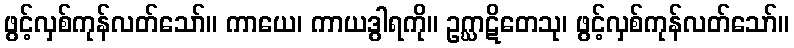
ဖွင့်လှစ်ကုန်လတ်သော်။ ကာယေ၊ ကာယဒွါရကို။ ဥဂ္ဃာဋိတေသု၊ ဖွင့်လှစ်ကုန်လတ်သော်။